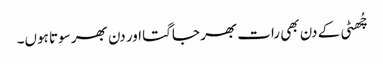
چُھٹی کے دن بھی رات بھر جاگتا اور دن بھر سوتا ہوں۔